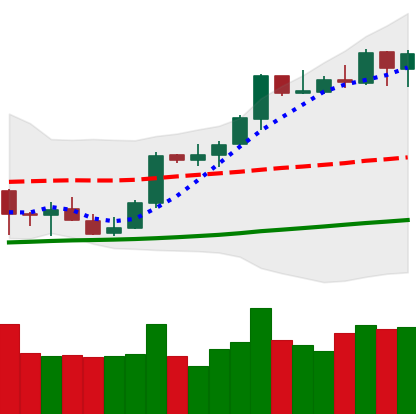
Ticker: BTC-USD
Chart end date: 2021-10-13
Forward return: 8.057%
Label: up_7plus